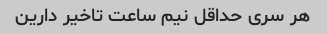
هر سری حداقل نیم ساعت تاخیر دارین